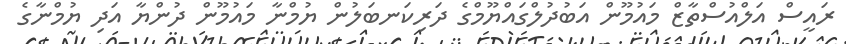
ރައީސް އަލްއުސްތާޒް މައުމޫން އަބުދުލްގައްޔޫމްގެ ދަރިކަނބަލުން ޔުމްނާ މައުމޫން ދުންޔާ އަދި ޔުމްނާގެ